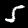
Label: 5